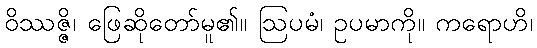
ဝိဿဇ္ဇိ၊ ဖြေဆိုတော်မူ၏။ ဩပမံ၊ ဥပမာကို။ ကရောဟိ၊